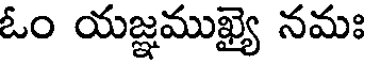
ఓం యజ్ఞముఖ్యై నమః